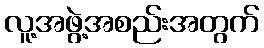
လူ့အဖွဲ့အစည်းအတွက်